Indian journal of veterinary science and animal husbandry - Volume 3,
Year: 1933
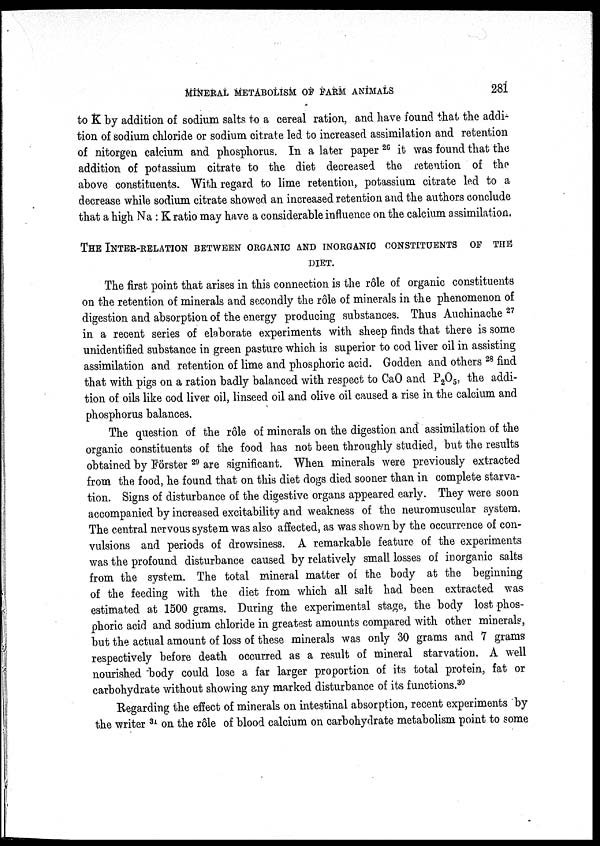
MINERAL METABOLISM OF FARM ANIMALS
281
to K by addition of sodium salts to a cereal ration, and have found that the addi-
tion of sodium chloride or sodium citrate led to increased assimilation and retention
of nitorgen calcium and phosphorus. In a later paper 26 it was found that the
addition of potassium citrate to the diet decreased the retention of the
above constituents. With regard to lime retention, potassium citrate led to a
decrease while sodium citrate showed an increased retention and the authors conclude
that a high Na : K ratio may have a considerable influence on the calcium assimilation,
THE INTER-RELATION BETWEEN ORGANIC AND INORGANIC CONSTITUENTS OF THE
DIET.
The first point that arises in this connection is the rôle of organic constituents
on the retention of minerals and secondly the rôle of minerals in the phenomenon of
digestion and absorption of the energy producing substances. Thus Auchinache 27
in a recent series of elaborate experiments with sheep finds that there is some
unidentified substance in green pasture which is superior to cod liver oil in assisting
assimilation and retention of lime and phosphoric acid. Godden and others 28 find
that with pigs on a ration badly balanced with respect to CaO and P 2 O 5 , the addi-
tion of oils like cod liver oil, linseed oil and olive oil caused a rise in the calcium and
phosphorus balances.
The question of the rôle of minerals on the digestion and assimilation of the
organic constituents of the food has not been throughly studied, but the results
obtained by Förster 29 are significant. When minerals were previously extracted
from the food, he found that on this diet dogs died sooner than in complete starva-
tion. Signs of disturbance of the digestive organs appeared early. They were soon
accompanied by increased excitability and weakness of the neuromuscular system.
The central nervous system was also affected, as was shown by the occurrence of con-
vulsions and periods of drowsiness. A remarkable feature of the experiments
was the profound disturbance caused by relatively small losses of inorganic salts
from the system. The total mineral matter of the body at the beginning
of the feeding with the diet from which all salt had been extracted was
estimated at 1500 grams. During the experimental stage, the body lost phos-
phoric acid and sodium chloride in greatest amounts compared with other minerals,
but the actual amount of loss of these minerals was only 30 grams and 7 grams
respectively before death occurred as a result of mineral starvation. A well
nourished body could lose a far larger proportion of its total protein, fat or
carbohydrate without showing any marked disturbance of its functions. 30
Regarding the effect of minerals on intestinal absorption, recent experiments by
the writer 31 on the rôle of blood calcium on carbohydrate metabolism point to some